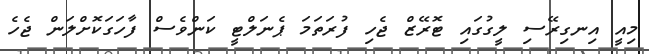
މިއީ އިނގިރޭސި ލީގުގައި ޓޮރޭޒް ޖެހި ފުރަތަމަ ޕެނަލްޓީ ކަންވެސް ފާހަގަކޮށްލަން ޖެހެ